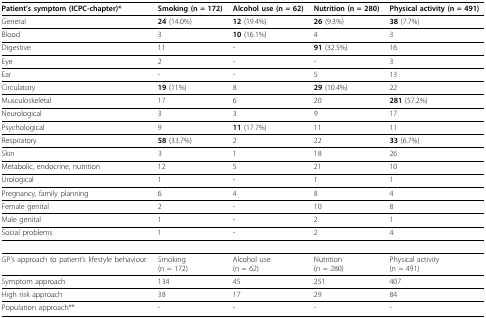
<table><thead><tr><td><b>Patient&#x27;s symptom (ICPC-chapter)*</b></td><td><b>Smoking (n = 172)</b></td><td><b>Alcohol use (n = 62)</b></td><td><b>Nutrition (n = 280)</b></td><td><b>Physical activity (n = 491)</b></td></tr></thead><tbody><tr><td>General</td><td><b>24 </b>(14.0%)</td><td><b>12 </b>(19.4%)</td><td><b>26 </b>(9.3%)</td><td><b>38 </b>(7.7%)</td></tr><tr><td>Blood</td><td>3</td><td><b>10 </b>(16.1%)</td><td>4</td><td>3</td></tr><tr><td>Digestive</td><td>11</td><td>-</td><td><b>91 </b>(32.5%)</td><td>16</td></tr><tr><td>Eye</td><td>2</td><td>-</td><td>-</td><td>3</td></tr><tr><td>Ear</td><td>-</td><td>-</td><td>5</td><td>13</td></tr><tr><td>Circulatory</td><td><b>19 </b>(11%)</td><td>8</td><td><b>29 </b>(10.4%)</td><td>22</td></tr><tr><td>Musculoskeletal</td><td>17</td><td>6</td><td>20</td><td><b>281 </b>(57.2%)</td></tr><tr><td>Neurological</td><td>3</td><td>3</td><td>9</td><td>17</td></tr><tr><td>Psychological</td><td>9</td><td><b>11 </b>(17.7%)</td><td>11</td><td>11</td></tr><tr><td>Respiratory</td><td><b>58 </b>(33.7%)</td><td>2</td><td>22</td><td><b>33 </b>(6.7%)</td></tr><tr><td>Skin</td><td>3</td><td>1</td><td>18</td><td>26</td></tr><tr><td>Metabolic, endocrine, nutrition</td><td>12</td><td>5</td><td>21</td><td>10</td></tr><tr><td>Urological</td><td>1</td><td>-</td><td>1</td><td>1</td></tr><tr><td>Pregnancy, family planning</td><td>6</td><td>4</td><td>8</td><td>4</td></tr><tr><td>Female genital</td><td>2</td><td>-</td><td>10</td><td>8</td></tr><tr><td>Male genital</td><td>1</td><td>-</td><td>2</td><td>1</td></tr><tr><td>Social problems</td><td>1</td><td>-</td><td>2</td><td>4</td></tr><tr><td>GP&#x27;s approach to patient&#x27;s lifestyle behaviour:</td><td>Smoking(n = 172)</td><td>Alcohol use(n = 62)</td><td>Nutrition(n = 280)</td><td>Physical activity(n = 491)</td></tr><tr><td>Symptom approach</td><td>134</td><td>45</td><td>251</td><td>407</td></tr><tr><td>High risk approach</td><td>38</td><td>17</td><td>29</td><td>84</td></tr><tr><td>Population approach**</td><td>-</td><td>-</td><td>-</td><td>-</td></tr></tbody></table>